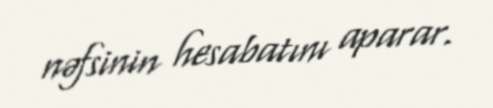
nəfsinin hesabatını aparar.